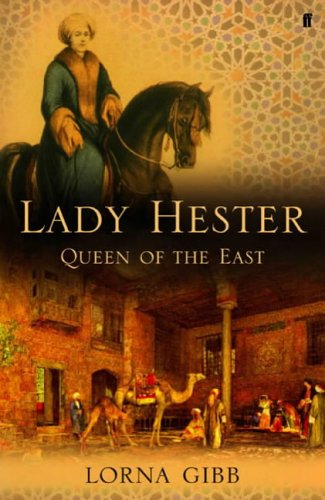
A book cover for Lady Hester: Queen Of The East; Lorna Gibb; Travel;